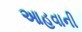
આહવાની